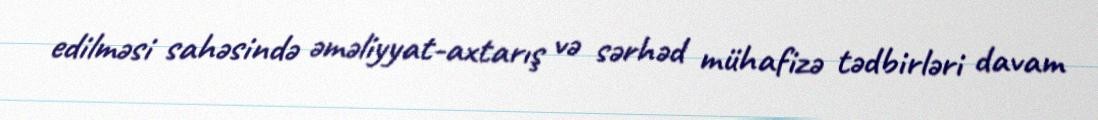
edilməsi sahəsində əməliyyat-axtarış və sərhəd mühafizə tədbirləri davam